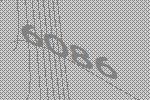
6086